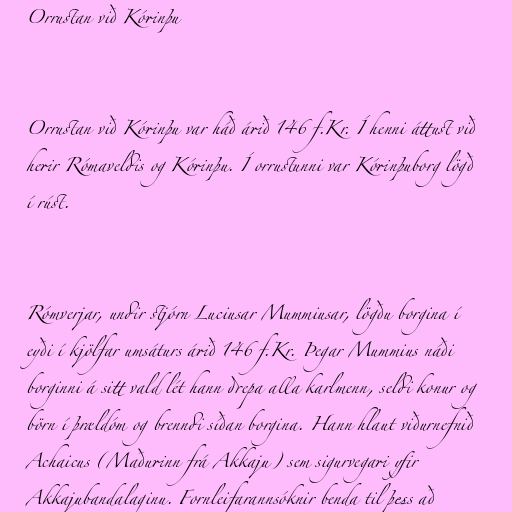
Orrustan við Kórinþu

Orrustan við Kórinþu var háð árið 146 f.Kr. Í henni áttust við
herir Rómaveldis og Kórinþu. Í orrustunni var Kórinþuborg lögð
í rúst.

Rómverjar, undir stjórn Luciusar Mummiusar, lögðu borgina í
eyði í kjölfar umsáturs árið 146 f.Kr. Þegar Mummius náði
borginni á sitt vald lét hann drepa alla karlmenn, seldi konur og
börn í þrældóm og brenndi síðan borgina. Hann hlaut viðurnefnið
Achaicus (Maðurinn frá Akkaju) sem sigurvegari yfir
Akkajubandalaginu. Fornleifarannsóknir benda til þess að